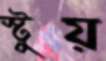
স্টুয়